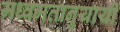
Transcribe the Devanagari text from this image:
मध्वमतानुयायी